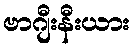
ဗာဂျီးနီးယား